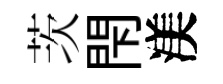
茨閇渼